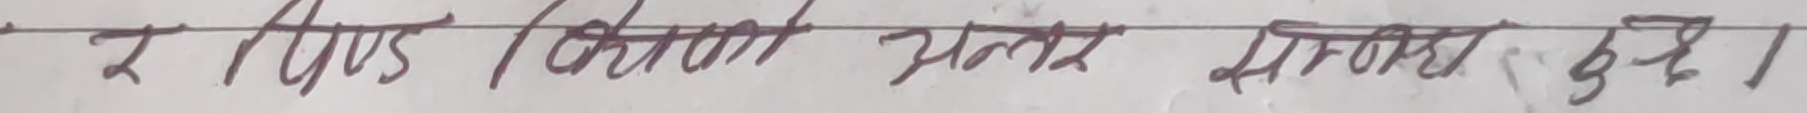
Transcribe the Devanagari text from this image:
र रुपैयाँ लाग्ने भएर सोधिएन बुझने।